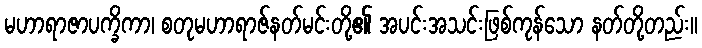
မဟာရာဇာပက္ခိကာ၊ စတုမဟာရာဇ်နတ်မင်းတို့၏ အပင်းအသင်းဖြစ်ကုန်သော နတ်တို့တည်း။